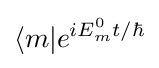
\langle m|e^{iE_{m}^{0}t/\hbar }